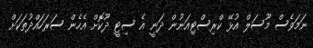
ނަމަވެސް މޫސަލް އުޅޭ ކްރިސްޓިއަނުން ދަނީ އެ ސިޓީ ދޫކޮށް އެހެން ސަރަހައްދުތަކަށް